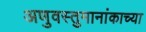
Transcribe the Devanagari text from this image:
अणुवस्तुमानांकाच्या